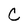
Character: C